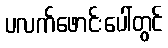
ပလက်ဖောင်းပေါ်တွင်